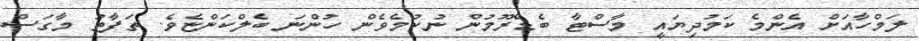
ލަމްހާއަށް އެންމެ ކަމުދިޔައީ މާސްޓާ ބެޑްރޫމުން ނުކުމެވެން ހުންނަ ބެލްކަންޏެވެ. ތަފާތު މާގަސް